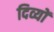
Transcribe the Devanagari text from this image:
दिव्यों